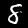
Digit: 8